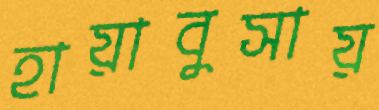
হায়াবুসায়